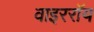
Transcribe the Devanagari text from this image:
वाइररॉय